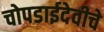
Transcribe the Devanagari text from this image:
चोपडाईदेवीचे